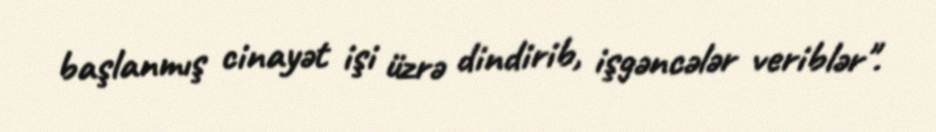
başlanmış cinayət işi üzrə dindirib, işgəncələr veriblər".